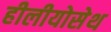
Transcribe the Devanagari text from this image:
हीलीयोसेथ